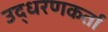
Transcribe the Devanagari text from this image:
उद्धरणकर्ता